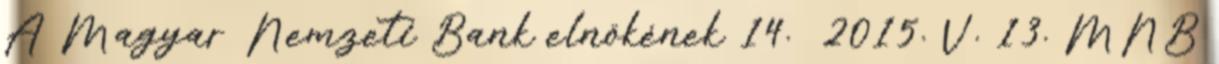
A Magyar Nemzeti Bank elnökének 14. 2015. V. 13. MNB